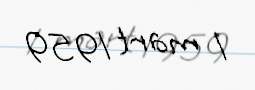
1 mart 1959